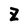
Character: Z